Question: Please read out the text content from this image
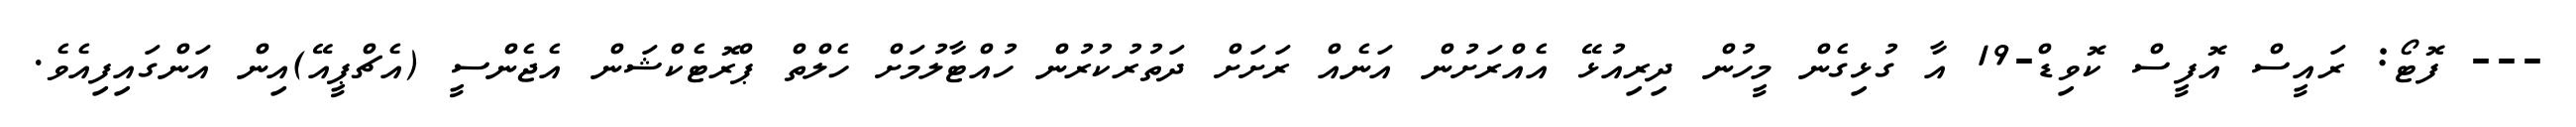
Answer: --- ފޮޓޯ: ރައީސް އޮފީސް ކޮވިޑް-19 އާ ގުޅިގެން މީހުން ދިރިއުޅޭ އެއްރަށުން އަނެއް ރަށަށް ދަތުރުކުރުން ހުއްޓާލުމަށް ހެލްތް ޕްރޮޓެކްޝަން އެޖެންސީ (އެޗްޕީއޭ)އިން އަންގައިފިއެވެ.